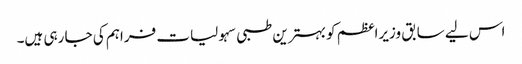
اس لیے سابق وزیراعظم کو بہترین طبی سہولیات فراہم کی جا رہی ہیں۔